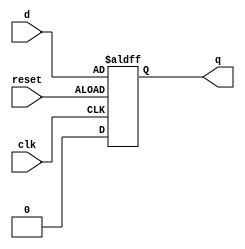
`timescale 1ns/100ps

module reg1(

        input wire clk,
        input wire reset,
    	input wire d, 
    	output reg q);

	always @(posedge clk or negedge reset)
		if (~reset) begin
			q <= d;
		end
		else begin
			q <= 1'b0;
		end


endmodule